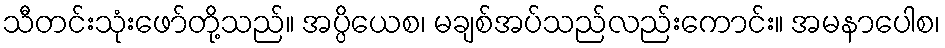
သီတင်းသုံးဖော်တို့သည်။ အပ္ပိယေစ၊ မချစ်အပ်သည်လည်းကောင်း။ အမနာပေါစ၊